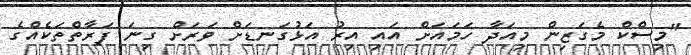
"މިސްކް މެގަޒިން މިއަދާ ހަމައަށް އައި އިރު އަޅުގަނޑަށް ވަރަށް ގިނަ ފަރާތްތަކެއްގެ